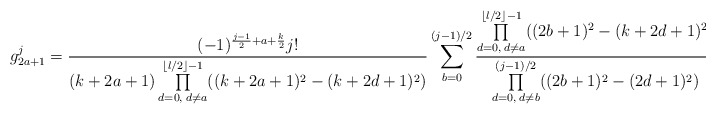
\begin{align*}g_{2a+1}^j&=\frac{(-1)^{\frac{j-1}{2}+a+\frac{k}{2}}j!}{(k+2a+1)\prod\limits_{d=0,\;d\neq a}^{\lfloor l/2\rfloor-1}((k+2a+1)^2-(k+2d+1)^2)}\sum_{b=0}^{(j-1)/2}\frac{\prod\limits_{d=0,\;d\neq a}^{\lfloor l/2\rfloor-1}((2b+1)^2-(k+2d+1)^2)}{\prod\limits_{d=0,\;d\neq b}^{(j-1)/2}((2b+1)^2-(2d+1)^2)},\end{align*}